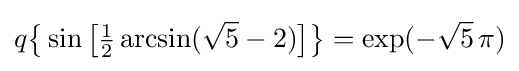
q{\bigl \{}\sin {\bigl [}{\tfrac {1}{2}}\arcsin({\sqrt {5}}-2){\bigr ]}{\bigr \}}=\exp(-{\sqrt {5}}\,\pi )